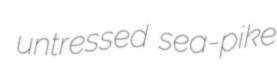
untressed sea-pike